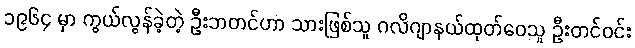
၁၉၆၄ မှာ ကွယ်လွန်ခဲ့တဲ့ ဦးဘတင်ဟာ သားဖြစ်သူ ဂလိဂျာနယ်ထုတ်ဝေသူ ဦးတင်ဝင်း